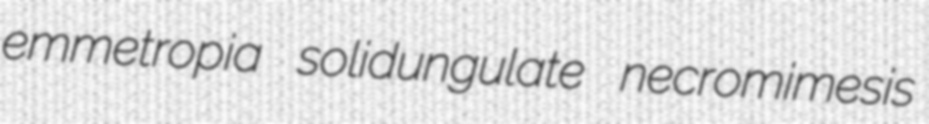
emmetropia solidungulate necromimesis